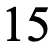
15